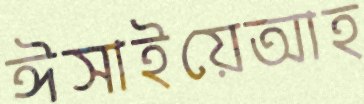
ঈসাইয়েআহ